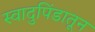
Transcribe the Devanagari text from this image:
स्वादुपिंडातून